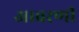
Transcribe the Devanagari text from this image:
आवरणी